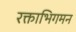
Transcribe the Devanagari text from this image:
रक्ताभिगमन